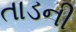
તાડની